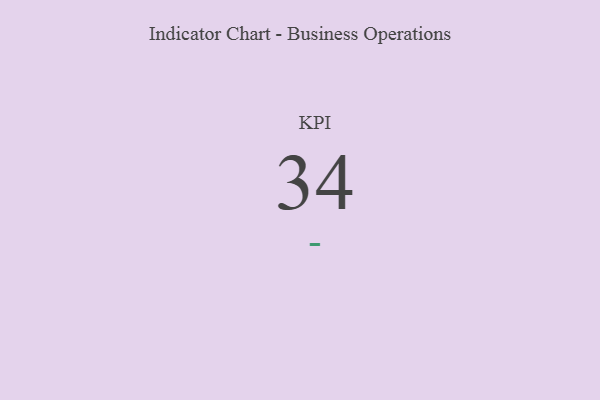
{"axis": {"x": "KPI", "y": "Value"}, "legend": [""], "data": [{"x": "KPI", "y": 34, "type": ""}]}